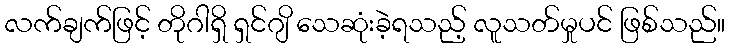
လက်ချက်ဖြင့် တိုဂါရှိ ရှင်ဂျိ သေဆုံးခဲ့ရသည့် လူသတ်မှုပင် ဖြစ်သည်။